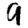
Digit: 9